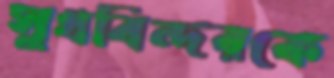
সুখবিন্দরকে